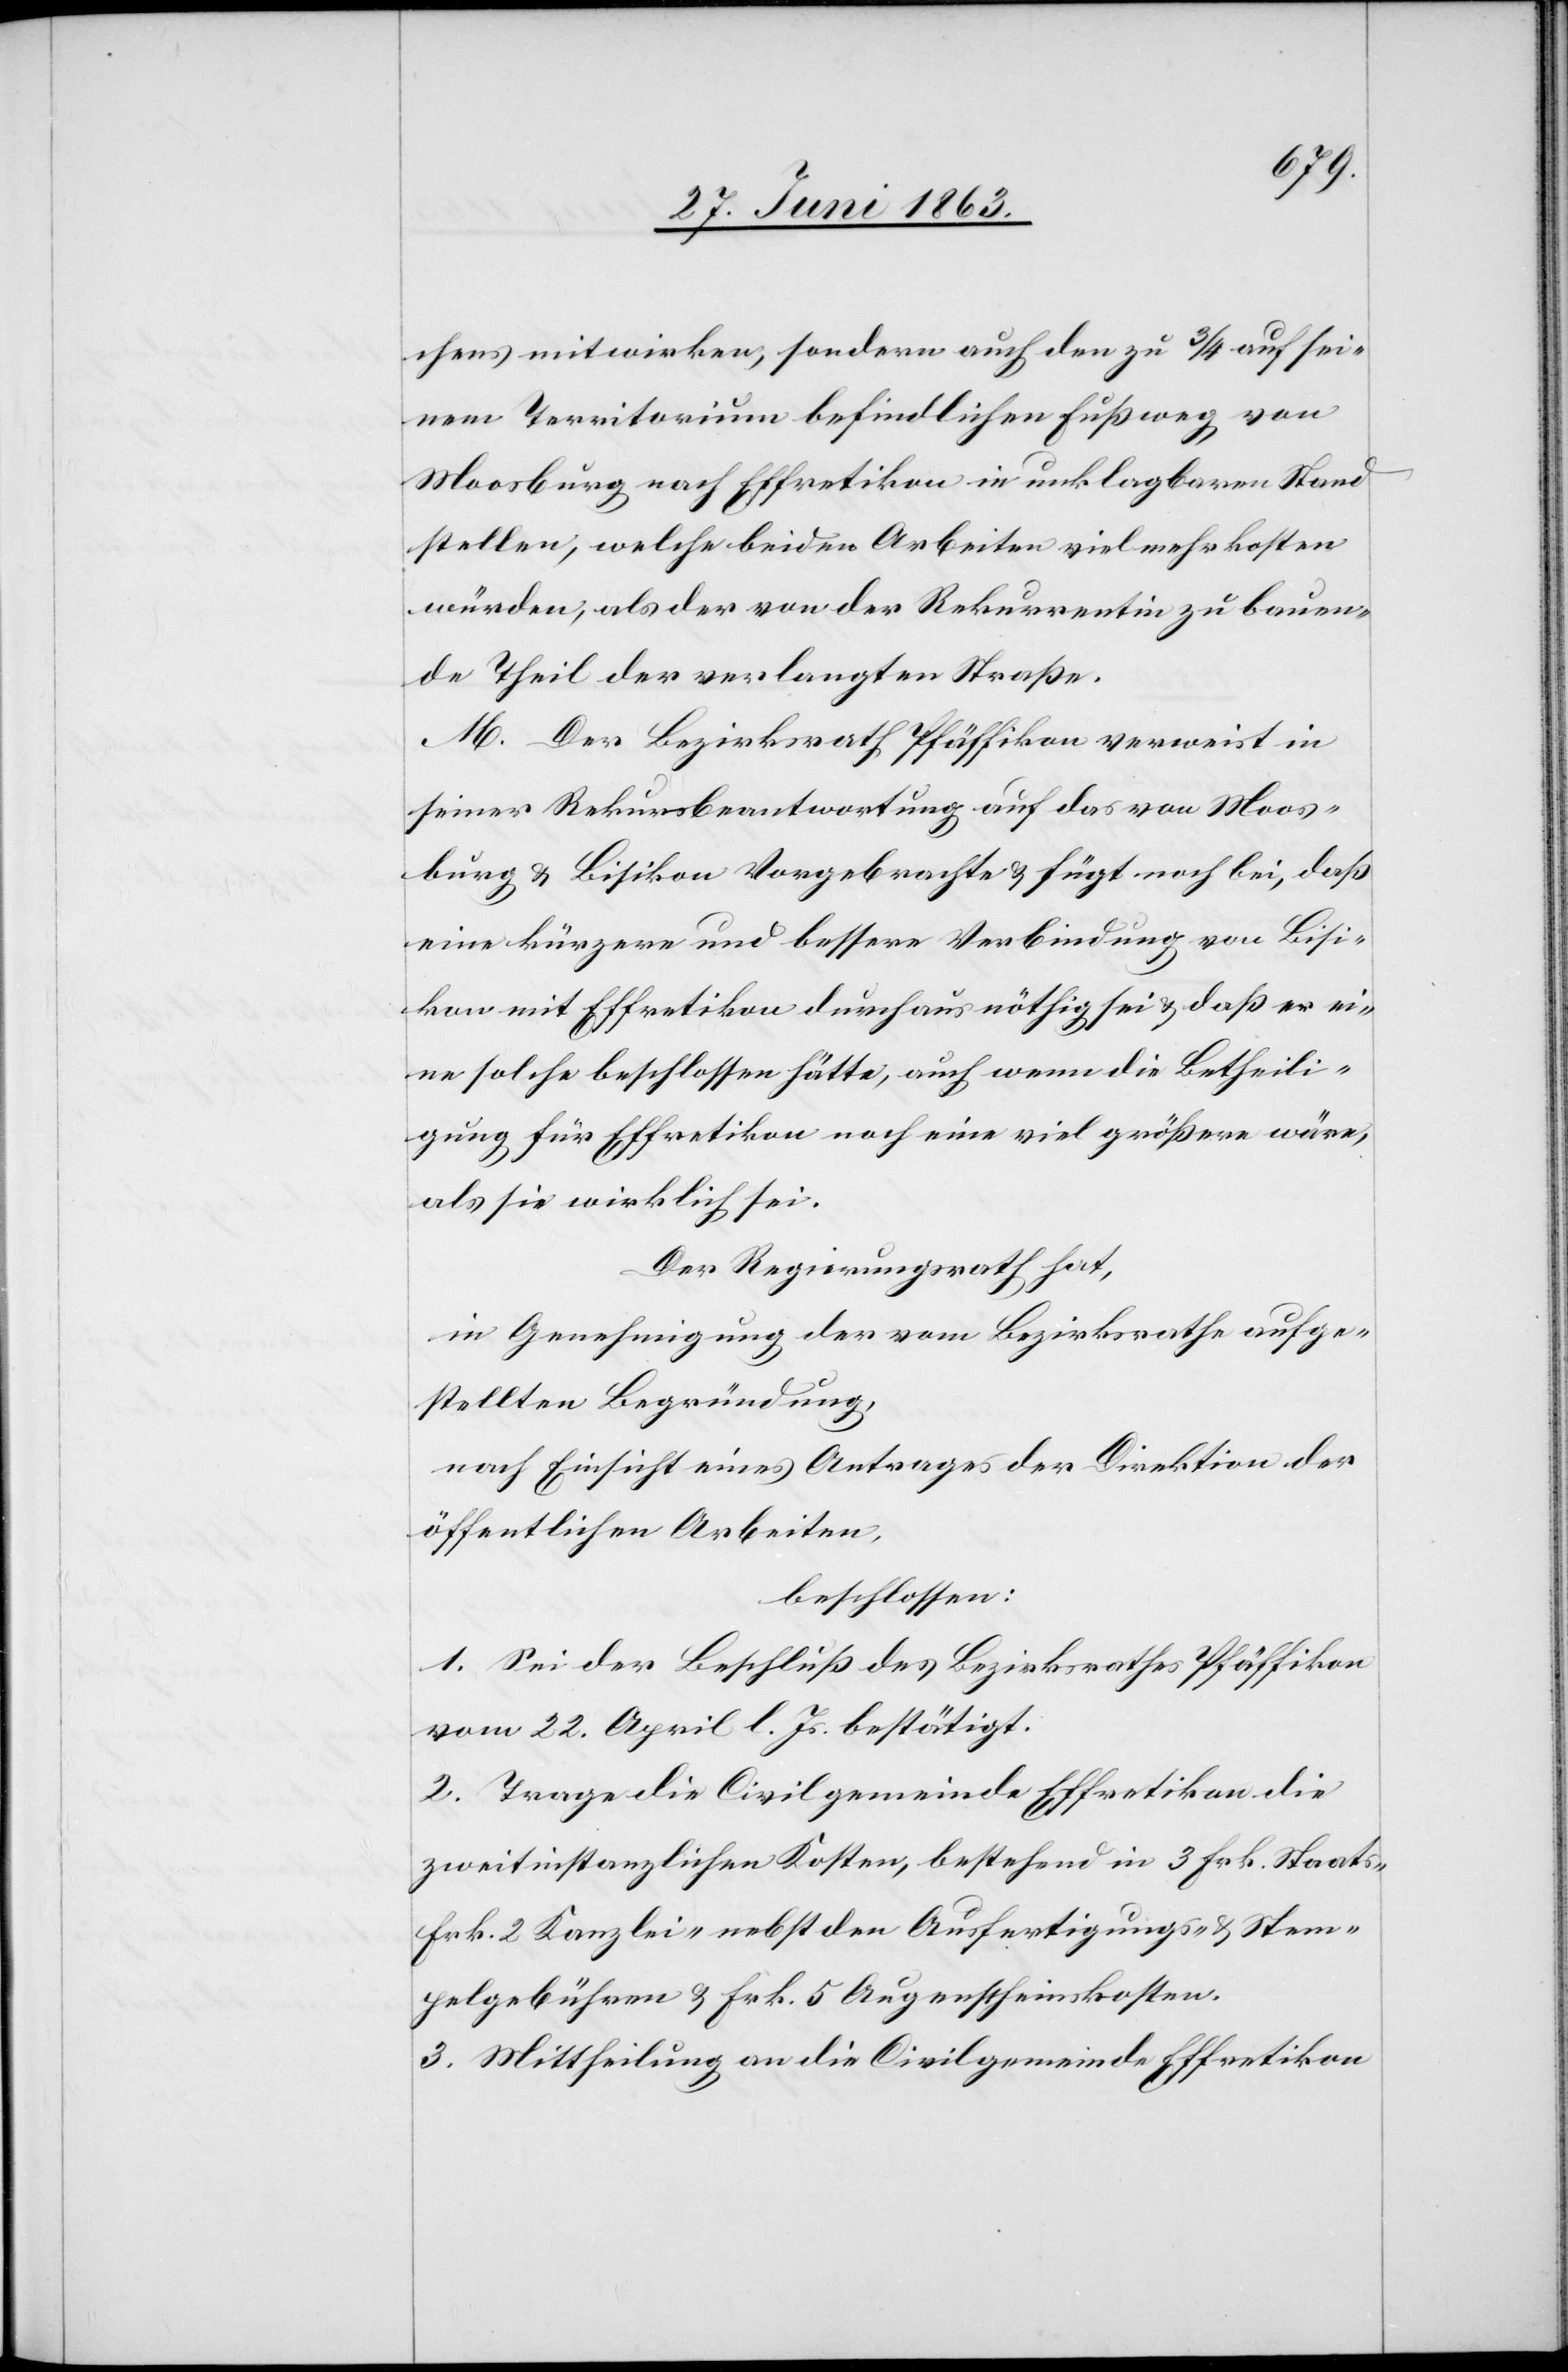
chens mitwirken, sondern auch den zu 3/4 auf sei¬
nem Territorium befindlichen Fußweg von
Moosburg nach Effretikon in unklagbaren Stand
stellen, welche beiden Arbeiten vielmehr kosten
würden, als der von der Rekurrentin zu bauen¬
de Theil der verlangten Straße.
M. Der Bezirksrath Pfäffikon verweist in
seiner Rekursbeantwortung auf das von Moos¬
burg & Bisikon Vorgebrachte & fügt noch bei, daß
eine kürzere und bessere Verbindung von Bisi¬
kon mit Effretikon durchaus nöthig sei & daß er ei¬
ne solche beschlossen hätte, auch wenn die Betheili¬
gung für Effretikon noch eine viel größere wäre,
als sie wirklich sei.
Der Regierungsrath hat,
in Genehmigung der vom Bezirksrathe aufge¬
stellten Begründung,
nach Einsicht eines Antrages der Direktion der
öffentlichen Arbeiten,
beschlossen:
1. Sei der Beschluß des Bezirksrathes Pfäffikon
vom 22. April l. Js. bestätigt.
2. Trage die Civilgemeinde Effretikon die
zweitinstanzlichen Kosten, bestehend in 3 Frk. Staats-[,]
Frk. 2 Kanzlei- nebst den Ausfertigungs- & Stem¬
pelgebühren & Frk. 5 Augenscheinskosten.
3. Mittheilung an die Civilgemeinde Effretikon